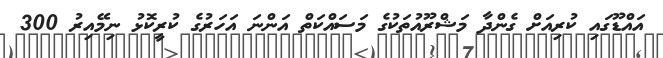
އައްޑޫގައި ކުރިއަށް ގެންދާ މަޝްރޫއުތަކުގެ މަސައްކަތް އަންނަ އަހަރުގެ ކުރީކޮޅު ނިމޭއިރު 300